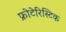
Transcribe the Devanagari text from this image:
फ्रोटेरिस्टिक